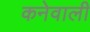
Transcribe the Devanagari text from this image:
कनेवाली